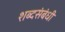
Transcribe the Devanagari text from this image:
शब्दसंबंधी